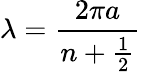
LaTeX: \lambda=\frac{2\pi a}{n+\frac{1}{2}}